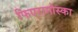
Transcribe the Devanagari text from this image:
फिएरामोस्का